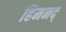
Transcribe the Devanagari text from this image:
हिमनद्